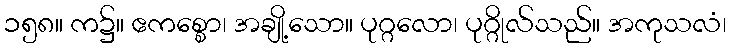
၁၅၈။ က၌။ ဧကစ္စော၊ အချို့သော။ ပုဂ္ဂလော၊ ပုဂ္ဂိုလ်သည်။ အကုသလံ၊